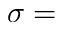
\sigma =